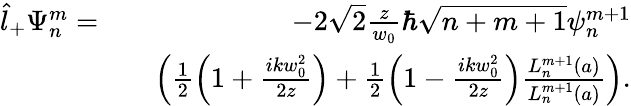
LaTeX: \begin{array}{rlr}{\hat{l}_{+}\Psi_{n}^{m}=}&{}&{-2\sqrt{2}\frac{z}{w_{0}}\hbar\sqrt{n+m+1}\psi_{n}^{m+1}}\\ &{}&{\left(\frac{1}{2}\left(1+\frac{ikw_{0}^{2}}{2z}\right)+\frac{1}{2}\left(1-\frac{ikw_{0}^{2}}{2z}\right)\frac{L_{n}^{m+1}(a)}{L_{n}^{m+1}(a)}\right).}\end{array}